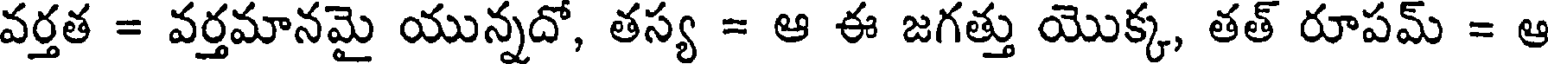
వర్తత = వర్తమానమై యున్నదో, తస్య = ఆ ఈ జగత్తు యొక్క, తత్ రూపమ్ = ఆ